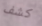
كشف